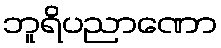
ဘူရိပညာဏော